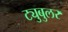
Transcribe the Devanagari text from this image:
ट्युबुलर